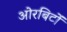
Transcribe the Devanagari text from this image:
ओरबिटों